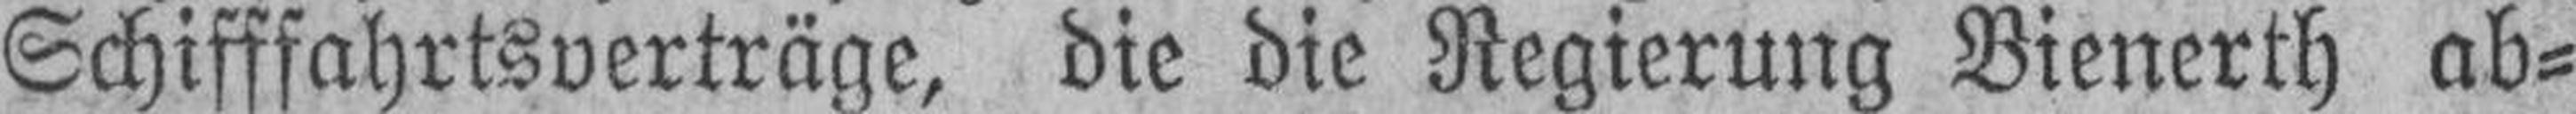
Schifffahrtsverträge, die die Regierung Bienerth ab¬